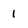
Character: 1